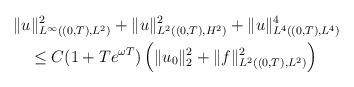
LaTeX: \begin{align*}&\|u\|_{L^\infty((0,T),L^2)}^2+\|u\|_{L^2((0,T),H^2)}^2+\|u\|_{L^4((0,T),L^4)}^4\\&\quad\le C(1+Te^{\omega T})\left(\|u_0\|_2^2+\|f\|_{L^2((0,T),L^2)}^2\right)\end{align*}